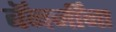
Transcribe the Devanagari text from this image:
बॅनर्जींना